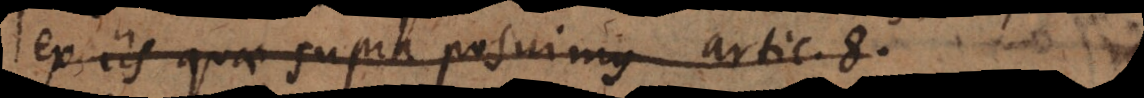
ex iis quae supra posuimus artic. 8.